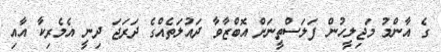
ގެ އާންމު މަޖިލީހުން ފަލަސްތީނަށް އޮބްޒާވާ ދައުލަތެއްގެ ދަރަޖަ ދިނީ އެމެރިކާ އާއި